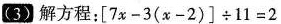
(3)解方程：$$[ 7 x - 3 ( x - 2 ) ] \div 1 1 = 2$$